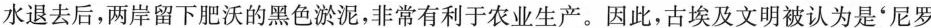
水退去后，两岸留下肥沃的黑色淤泥，非常有利于农业生产。因此，古埃及文明被认为是'尼罗